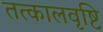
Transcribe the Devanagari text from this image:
तत्कालवृष्टि